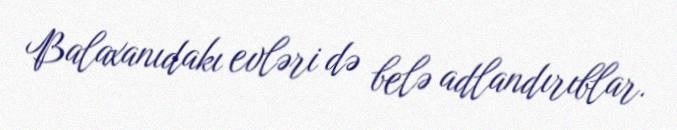
Balaxanıdakı evləri də belə adlandırıblar.